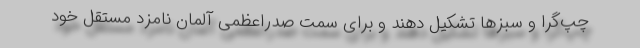
چپ‌گرا و سبزها تشکیل دهند و برای سمت صدراعظمی آلمان نامزد مستقل خود